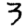
Digit: 3